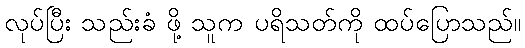
လုပ်ပြီး သည်းခံ ဖို့ သူက ပရိသတ်ကို ထပ်ပြောသည်။